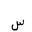
Letter: _sin